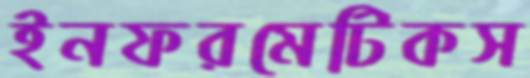
ইনফরমেটিকস